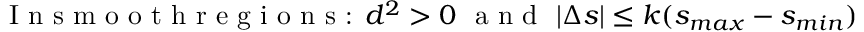
\textrm { I n s m o o t h r e g i o n s : } d ^ { 2 } > 0 \ \textrm { a n d } \ | \Delta s | \leq k ( s _ { m a x } - s _ { m i n } )